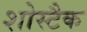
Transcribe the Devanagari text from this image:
शोस्टैक